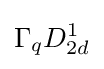
\Gamma _{q}D_{2d}^{1}